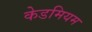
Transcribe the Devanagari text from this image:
केडमियम